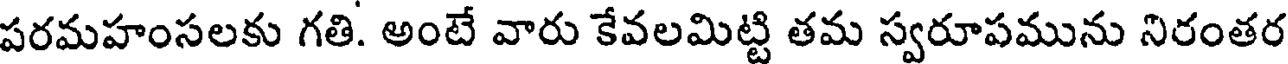
పరమహంసలకు గతి. అంటే వారు కేవలమిట్టి తమ స్వరూపమును నిరంతర